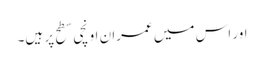
اور اس میں عمران اونچی سطح پر ہیں۔